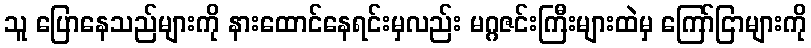
သူ ပြောနေသည်များကို နားထောင်နေရင်းမှလည်း မဂ္ဂဇင်းကြီးများထဲမှ ကြော်ငြာများကို